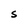
Character: S